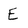
Character: E